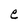
Character: e